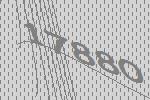
17880